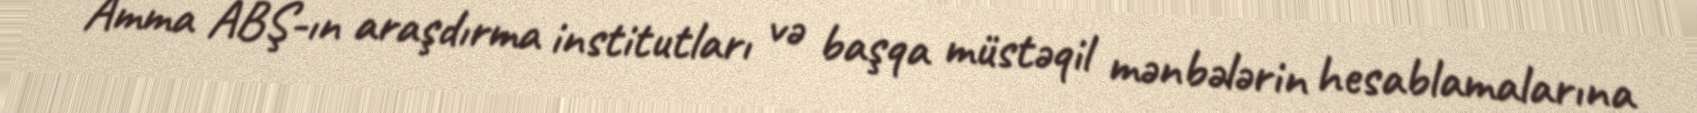
Amma ABŞ-ın araşdırma institutları və başqa müstəqil mənbələrin hesablamalarına